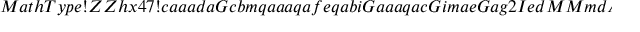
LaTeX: M a t h T y p e ! Z Z h x 4 7 ! c a a a d a G c b m q a a a q a f e q a b i G a a a q a c G i m a e G a g 2 I e d M M m d A N b r a G e d s